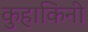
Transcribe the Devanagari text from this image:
कुहाकिनी